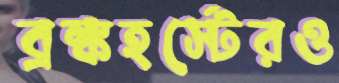
ব্রঙ্কহর্স্টেরও